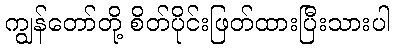
ကျွန်တော်တို့ စိတ်ပိုင်းဖြတ်ထားပြီးသားပါ